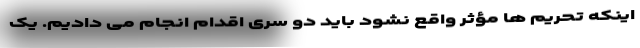
اینکه تحریم ها مؤثر واقع نشود باید دو سری اقدام انجام می دادیم. یک